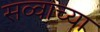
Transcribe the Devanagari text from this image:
सव्वाच्या